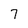
Character: 7